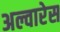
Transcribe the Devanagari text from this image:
अल्वारेस